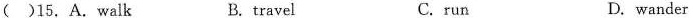
()15. A.Walk B. travel C.run D. wander